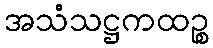
အသံသဋ္ဌကထဉ္စ